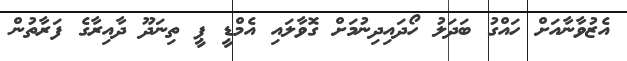
އެޒުވާނާއަށް ހައްގު ބަދަލު ހޯދައިދިނުމަށް ގޮވާލައި އެމްޑީ ޕީ ތިނަދޫ ދާއިރާގެ ފަރާތުން